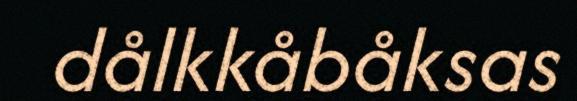
dålkkåbåksas